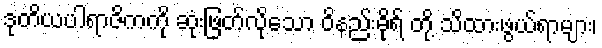
ဒုတိယပါရာဇိကကို ဆုံးဖြတ်လိုသော ဝိနည်းဓိုရ် တို့ သိထားဖွယ်ရာများ၊